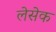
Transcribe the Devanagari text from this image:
लेसेक